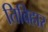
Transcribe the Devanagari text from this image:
तिविहार